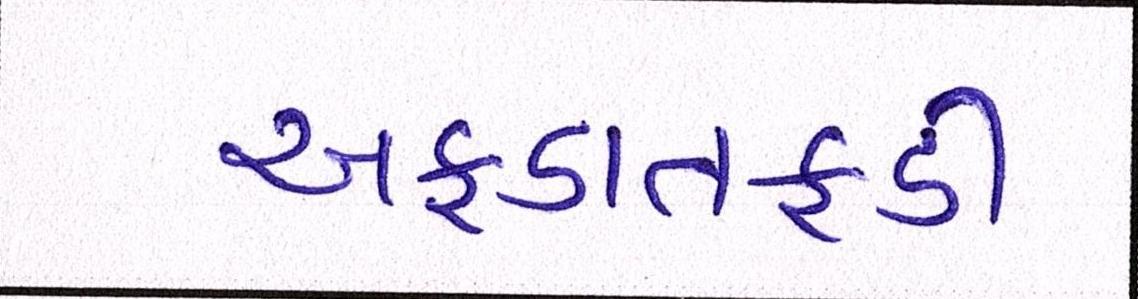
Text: અફડાતફડી